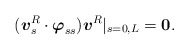
\begin{align*}(\mbox{\mathversion{bold}$v$}^{R}_{s}\cdot \mbox{\mathversion{bold}$\varphi$}_{ss})\mbox{\mathversion{bold}$v$}^{R}\rvert _{s=0,L}=\mbox{\mathversion{bold}$0$}.\end{align*}